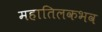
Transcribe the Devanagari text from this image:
महातिलकभव